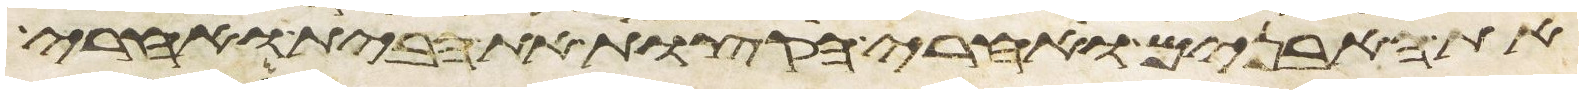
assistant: את האבנים ואחרי הקצות את הבית ואחרי